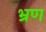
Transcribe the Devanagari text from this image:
भ्रण